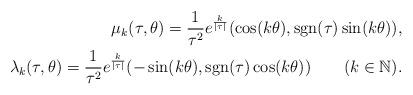
LaTeX: \begin{align*}\mu_k(\tau,\theta)=\frac{1}{\tau^2}e^{\frac{k}{|\tau|}}(\cos(k\theta),\operatorname{sgn}(\tau)\sin(k\theta)),\\\lambda_k(\tau,\theta)=\frac{1}{\tau^2}e^{\frac{k}{|\tau|}}(-\sin(k\theta),\operatorname{sgn}(\tau)\cos(k\theta))\qquad(k\in\mathbb N).\end{align*}